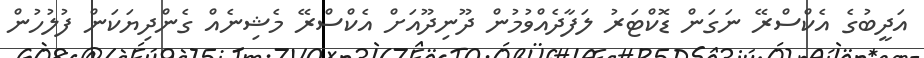
އަދީބުގެ އެކްސްރޭ ނަގަން ޑޮކްޓަރު ލަފާދެއްވުމުން ދޫނިދޫއަށް އެކްސްރޭ މެޝިނެއް ގެންދިޔަކަން ފުލުހުން